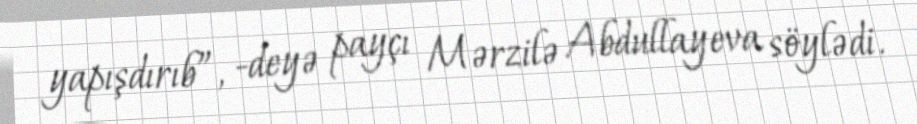
yapışdırıb”, -deyə payçı Mərzilə Abdullayeva söylədi.